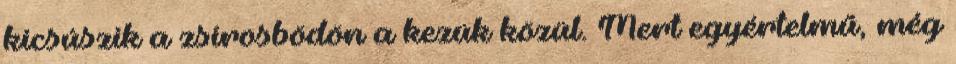
kicsúszik a zsírosbödön a kezük közül. Mert egyértelmű, még